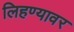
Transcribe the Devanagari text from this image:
लिहण्यावर